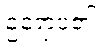
ဥရောပ၏